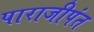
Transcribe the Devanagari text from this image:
पाराजीपंत